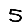
Digit: 5